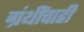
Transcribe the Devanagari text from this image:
ग्रंथींचाही